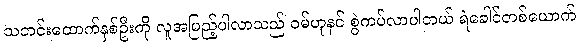
သတင်းထောက်နှစ်ဦးကို လူအပြည့်ပါလာသည် ဝမ်ဟုနင် စွဲကပ်လာပါတယ် ရဲခေါင်တစ်ယောက်